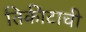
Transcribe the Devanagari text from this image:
तिकीटाची